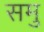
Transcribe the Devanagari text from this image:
समु